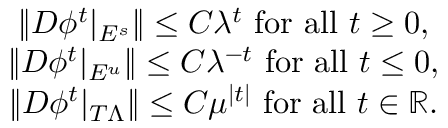
\begin{array} { c } { \| D \phi ^ { t } | _ { E ^ { s } } \| \leq C \lambda ^ { t } \mathrm { ~ f o r ~ a l l ~ } t \geq 0 , } \\ { \| D \phi ^ { t } | _ { E ^ { u } } \| \leq C \lambda ^ { - t } \mathrm { ~ f o r ~ a l l ~ } t \leq 0 , } \\ { \| D \phi ^ { t } | _ { T \Lambda } \| \leq C \mu ^ { | t | } \mathrm { ~ f o r ~ a l l ~ } t \in \mathbb { R } . } \end{array}